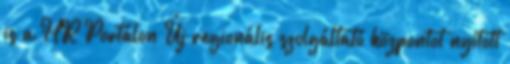
is a HR Portálon Új regionális szolgáltató központot nyitott